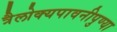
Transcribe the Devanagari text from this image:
त्रैलोक्यपावनीपुण्या